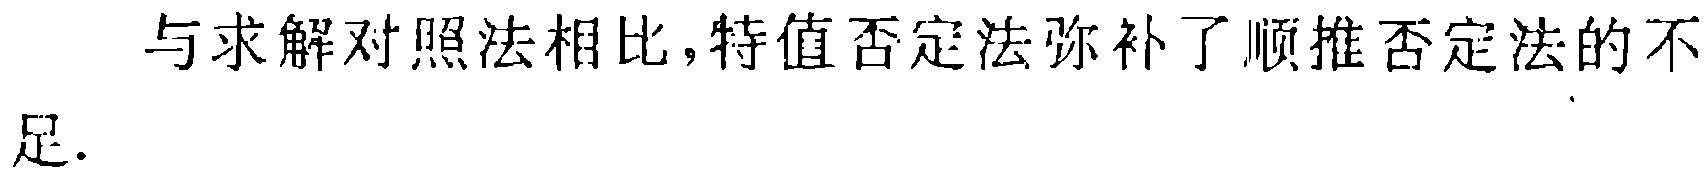
与求解对照法相比,特值否定法弥补了顺推否定法的不足.